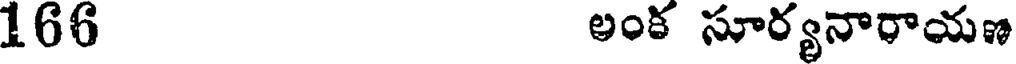
166 అంక సూర్యనారాయణ